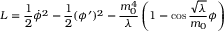
{ \cal L } = \frac { 1 } { 2 } \dot { \phi } ^ { 2 } - \frac { 1 } { 2 } ( \phi ^ { \prime } ) ^ { 2 } - \frac { m _ { 0 } ^ { 4 } } { \lambda } \left( 1 - \cos \frac { \sqrt { \lambda } } { m _ { 0 } } \phi \right)